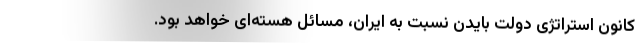
کانونِ استراتژی دولت بایدن نسبت به ایران، مسائل هسته‌ای خواهد بود.